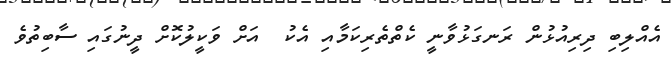
އެއްލިބި ދިރިއުޅުން ރަނގަޅުވާނީ ކެތްތެރިކަމާއި އެކު  އަށް ވަކީލުކޮށް ދީނުގައި ސާބިތުވެ